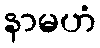
နာမဟံ